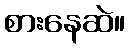
စားနေဆဲ။